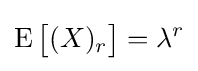
\operatorname {E} {\bigl [}(X)_{r}{\bigr ]}=\lambda ^{r}